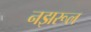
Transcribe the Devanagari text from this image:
नझरूल